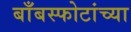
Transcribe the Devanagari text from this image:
बाँबस्फोटांच्या